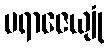
ပရာဇေယျုံ